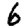
Digit: 6